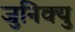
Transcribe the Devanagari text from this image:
जुनिक्यु